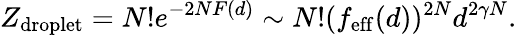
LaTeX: Z_{\mathrm{droplet}}=N!e^{-2NF(d)}\sim N!(f_{\mathrm{eff}}(d))^{2N}d^{2\gamma N}.